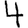
Digit: 4